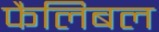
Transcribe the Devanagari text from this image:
फैलिबल